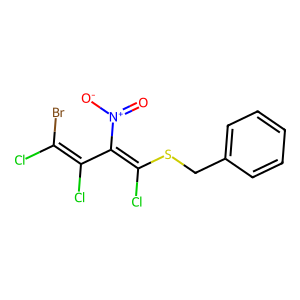
SMILES: O=[N+]([O-])C(=C(Cl)SCc1ccccc1)C(Cl)=C(Cl)Br
Inhibits HIV replication: No